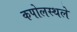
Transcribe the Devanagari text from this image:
कपोलस्थले